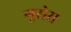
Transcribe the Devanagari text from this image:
गूसेस